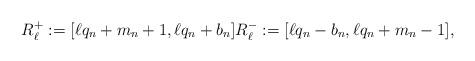
LaTeX: \begin{align*}R_{\ell}^+:=[\ell q_n+m_n+1, \ell q_n+b_n] R_{\ell}^-:=[\ell q_n-b_n, \ell q_n+m_n-1],\end{align*}